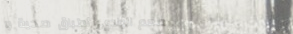
مطعم الوادي: أطباق صحية و